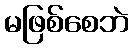
မဖြစ်စေဘဲ